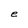
Character: e